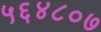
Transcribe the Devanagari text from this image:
५६४८०७